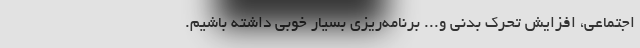
اجتماعی، افزایش تحرک بدنی و... برنامه‌ریزی بسیار خوبی داشته باشیم.